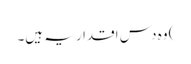
) وہ دس اقدار یہ ہیں۔